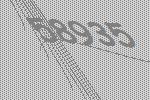
58935